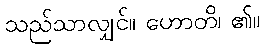
သည်သာလျှင်။ ဟောတိ၊ ၏။